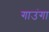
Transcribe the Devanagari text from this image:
गाउंगा